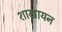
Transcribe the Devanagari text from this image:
शाखायन